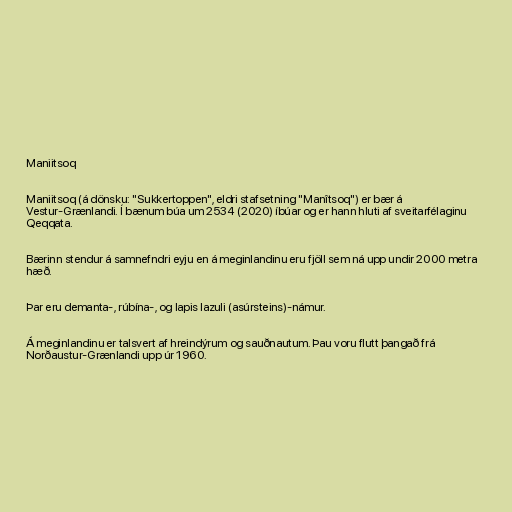
Maniitsoq

Maniitsoq (á dönsku: "Sukkertoppen", eldri stafsetning "Manîtsoq") er bær á
Vestur-Grænlandi. Í bænum búa um 2534 (2020) íbúar og er hann hluti af sveitarfélaginu
Qeqqata.

Bærinn stendur á samnefndri eyju en á meginlandinu eru fjöll sem ná upp undir 2000 metra
hæð.

Þar eru demanta-, rúbína-, og lapis lazuli (asúrsteins)-námur.

Á meginlandinu er talsvert af hreindýrum og sauðnautum. Þau voru flutt þangað frá
Norðaustur-Grænlandi upp úr 1960.